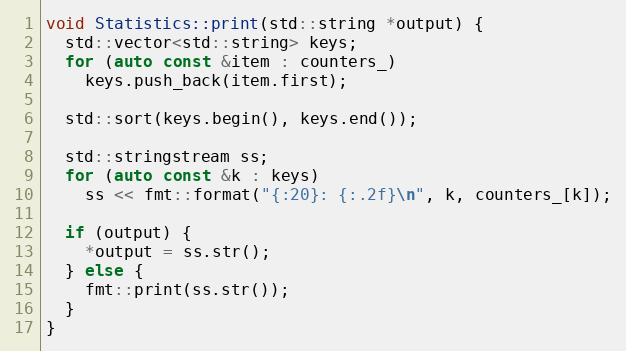
Language: C++
void Statistics::print(std::string *output) {
  std::vector<std::string> keys;
  for (auto const &item : counters_)
    keys.push_back(item.first);

  std::sort(keys.begin(), keys.end());

  std::stringstream ss;
  for (auto const &k : keys)
    ss << fmt::format("{:20}: {:.2f}\n", k, counters_[k]);

  if (output) {
    *output = ss.str();
  } else {
    fmt::print(ss.str());
  }
}